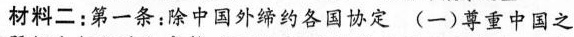
材料二：第一条：除中国外缔约各国协定(一)尊重中国之